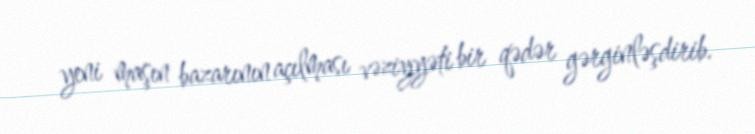
yeni maşın bazarının açılması vəziyyəti bir qədər gərginləşdirib.